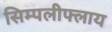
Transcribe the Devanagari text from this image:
सिम्पलीफ्लाय